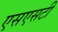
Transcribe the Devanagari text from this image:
एसएसटी